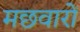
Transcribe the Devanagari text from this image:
मछवारों